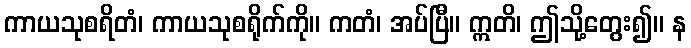
ကာယသုစရိတံ၊ ကာယသုစရိုက်ကို။ ကတံ၊ အပ်ပြီ။ ဣတိ၊ ဤသို့တွေး၍။ န